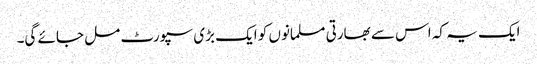
ایک یہ کہ اس سے بھارتی مسلمانوں کو ایک بڑی سپورٹ مل جائے گی۔